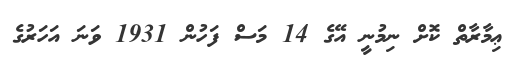
ޢިމާރާތް ކޮށް ނިމުނީ އޭގެ 14 މަސް ފަހުން 1931 ވަނަ އަހަރުގެ